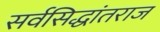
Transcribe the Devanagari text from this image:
सर्वसिद्धांतराज